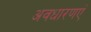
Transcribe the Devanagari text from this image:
अवधारणएं